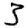
Digit: 3